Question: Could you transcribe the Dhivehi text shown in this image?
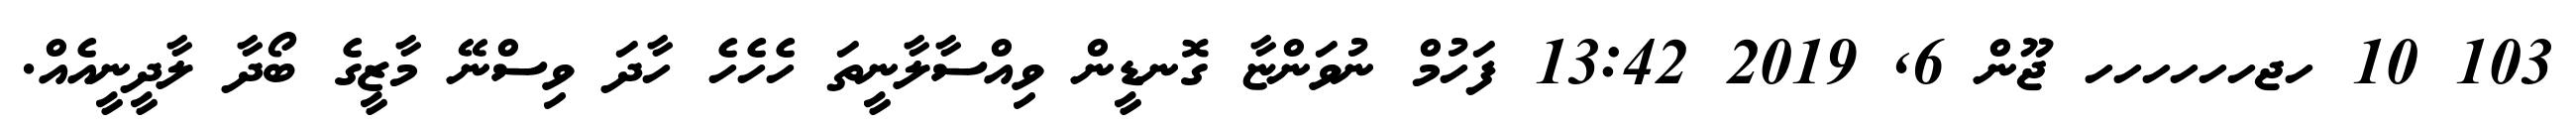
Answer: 103 10 ހޖހހހހހހ ޖޫން 6, 2019 13:42 ފަހުމް ނުވަންޏާ ގޮނޑީން ވިއްސާލާނީތަ ހެހެހެ ހާދަ ވިސްނޭ މާޒީގެ ބޯދާ ލާދީނީއެއް.